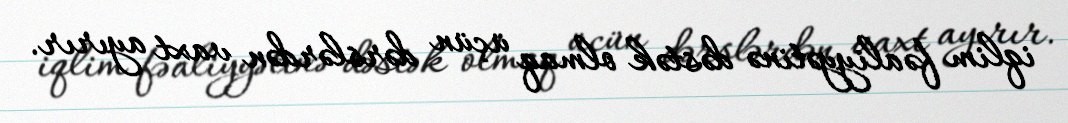
iqlim fəaliyyətinə dəstək olmaq üçün dərslərdən vaxt ayırır.